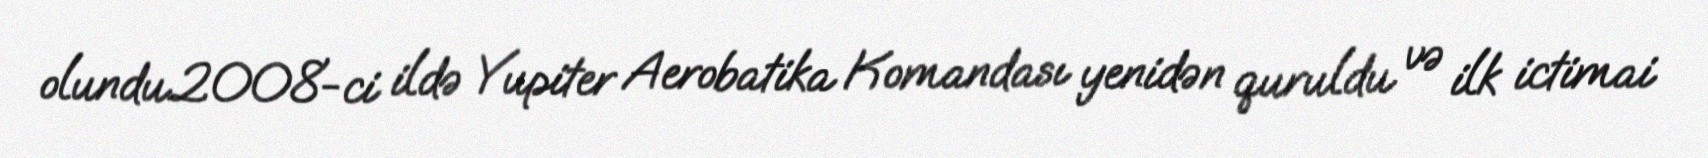
olundu.2008-ci ildə Yupiter Aerobatika Komandası yenidən quruldu və ilk ictimai